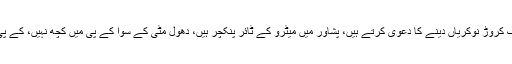
انہوں نے کہا کہ ایک میگا واٹ بجلی نہیں بنائی،ایک کروڑ نوکریاں دینے کا دعوی کرتے ہیں، پشاور میں میٹرو کے ٹائر پنکچر ہیں، دھول مٹی کے سوا کے پی میں کچھ نہیں، کے پی میں 90 روز میں احتساب کمیشن میں تالہ لگ گیا۔